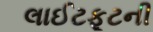
લાઈટફૂટની